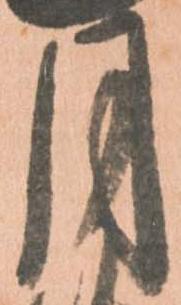
月